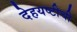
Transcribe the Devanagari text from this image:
देहयष्टीची